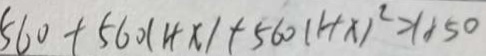
5 6 0 + 5 6 0 ( 1 + x ) + 5 6 0 ( 1 + x ) ^ { 2 } > 1 8 5 0